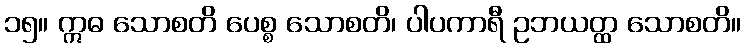
၁၅။ ဣဓ သောစတိ ပေစ္စ သောစတိ၊ ပါပကာရီ ဥဘယတ္ထ သောစတိ။